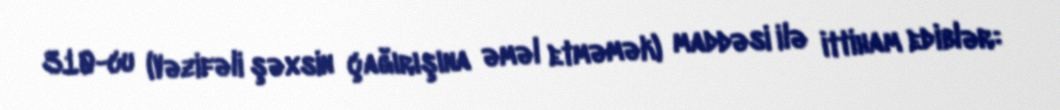
310-cu (Vəzifəli şəxsin çağırışına əməl etməmək) maddəsi ilə ittiham ediblər: